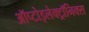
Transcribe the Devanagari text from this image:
ऑप्टोइलेक्ट्रॉनिक्स